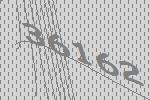
36162